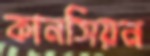
কানসিয়ন